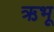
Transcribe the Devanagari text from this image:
ऋभू